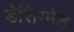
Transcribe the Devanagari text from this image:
डेसिग्नेड